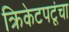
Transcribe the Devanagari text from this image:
क्रिकेटपटूंचा